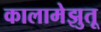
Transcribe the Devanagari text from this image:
कालामेझुतू